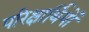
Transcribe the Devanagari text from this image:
परिक्षार्थियों